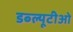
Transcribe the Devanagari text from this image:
डब्‍ल्‍यूटीओ